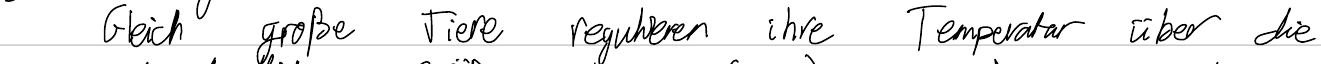
Gleich große Tiere regulieren ihre Temperatur über die